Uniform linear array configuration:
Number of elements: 16
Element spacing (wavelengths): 0.75
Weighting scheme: blackman
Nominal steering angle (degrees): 45
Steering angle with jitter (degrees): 43.969
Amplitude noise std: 0.05
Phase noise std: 0.05

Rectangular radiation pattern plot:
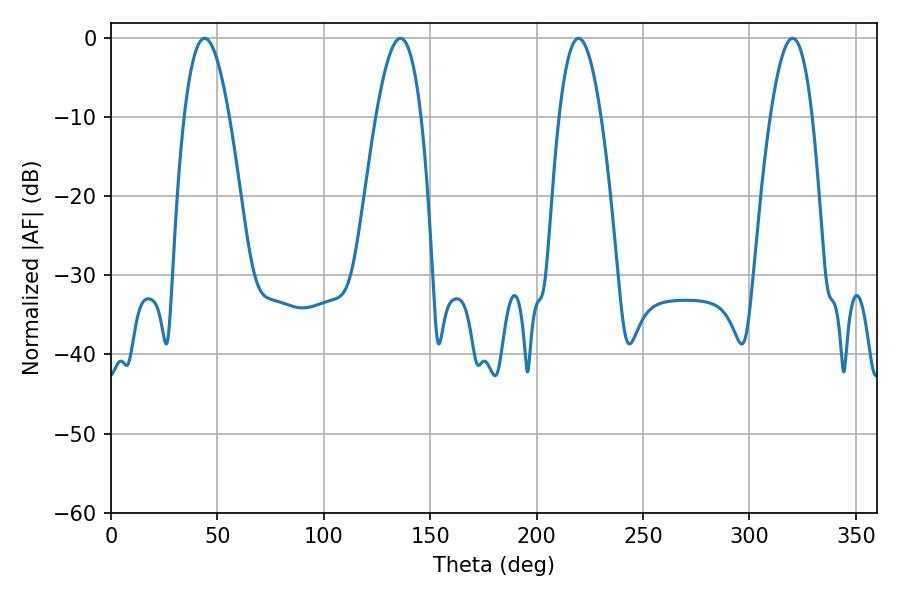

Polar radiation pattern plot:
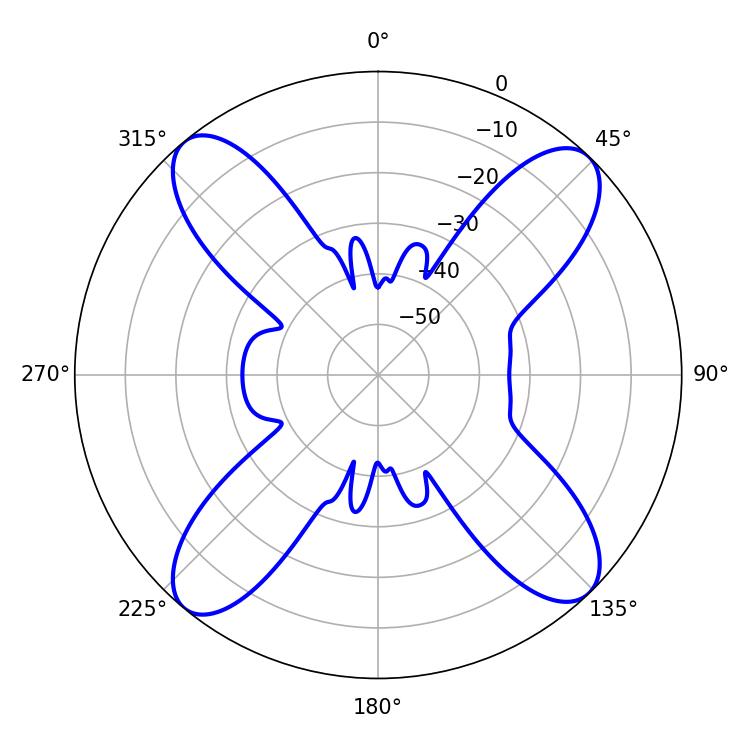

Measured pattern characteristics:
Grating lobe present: TRUE
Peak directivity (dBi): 16.514
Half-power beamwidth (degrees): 11.52
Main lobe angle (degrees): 43.92